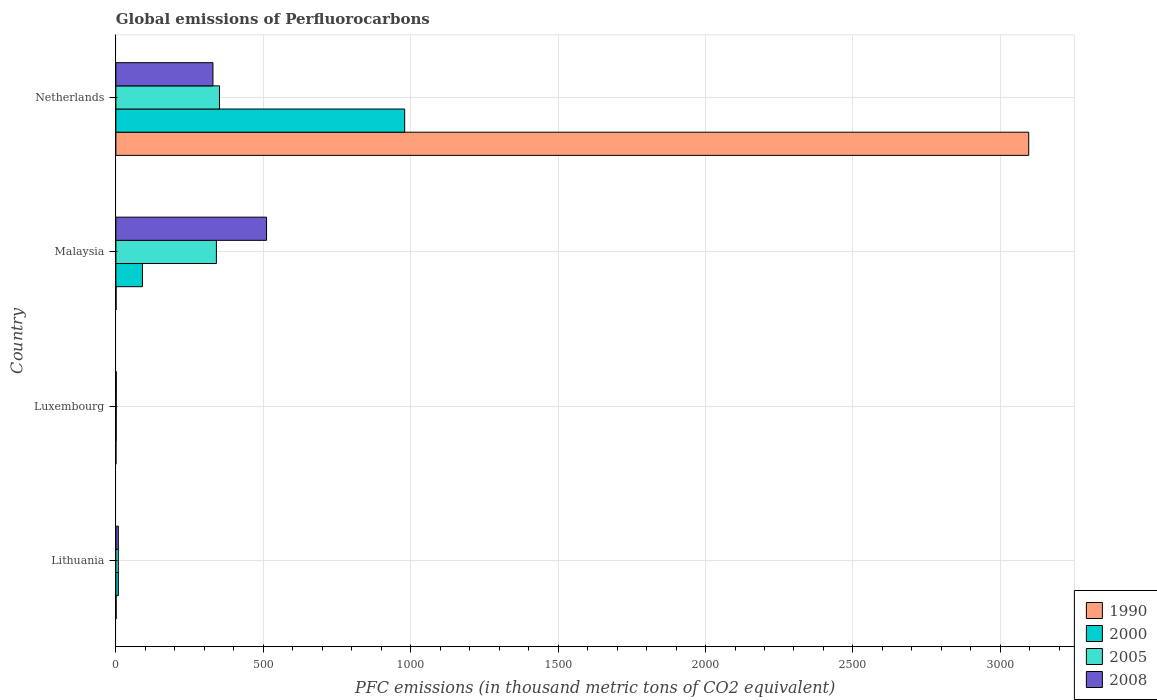
| Country | 1990 | 2000 | 2005 | 2008 |
 | --- | --- | --- | --- | --- |
 | Lithuania | 0.9 | 8.4 | 8.2 | 8.2 |
 | Luxembourg | 0.1 | 1 | 1.1 | 1.2 |
 | Malaysia | 0.6 | 90.1 | 341 | 511 |
 | Netherlands | 3.1e+03 | 980 | 351 | 329 |